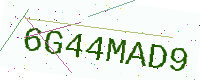
Text: 6G44MAD9